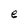
Character: e